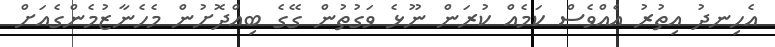
އެހިނދު އިތުރު އެއްވެސް ކަމެއް ކުރަން ނޫޅެ ވަގުތުން ގޭގެ ބިއްދޮށުން މެހެނާޒުމެންގެއަށް